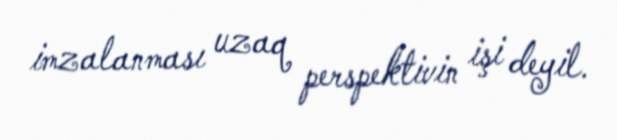
imzalanması uzaq perspektivin işi deyil.